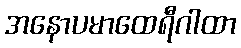
အနောပမာထေရီဂါထာ